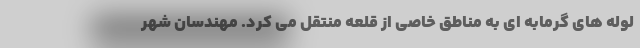
لوله های گرمابه ای به مناطق خاصی از قلعه منتقل می کرد. مهندسان شهر